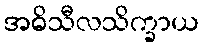
အဓိသီလသိက္ခာယ